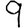
Digit: 9